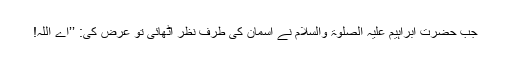
جب حضرت ابراہیم عَلَیْہِ الصَّلٰوۃُ وَالسَّلَام نے آسمان کی طرف نظر اٹھائی تو عرض کی: ’’اے اللہ!